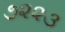
૭૨૨૩